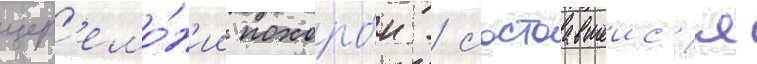
цер'емо́н'ии похоро́н / состоавшеис'я